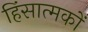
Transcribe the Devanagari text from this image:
हिंसात्मकों